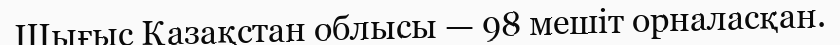
Шығыс Қазақстан облысы — 98 мешіт орналасқан.